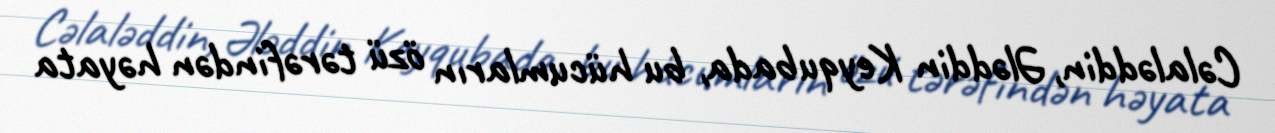
Cəlaləddin, Ələddin Keyqubada, bu hücumların özü tərəfindən həyata